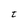
Character: t